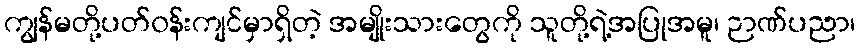
ကျွန်မတို့ပတ်၀န်းကျင်မှာရှိတဲ့ အမျိုးသားတွေကို သူတို့ရဲ့အပြုအမူ၊ ဉာဏ်ပညာ၊